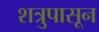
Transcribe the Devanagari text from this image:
शत्रुपासून